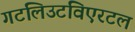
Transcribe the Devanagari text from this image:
गटलिउटविएरटल